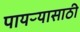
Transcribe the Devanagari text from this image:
पायऱ्यासाठी